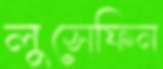
লুসেফিন